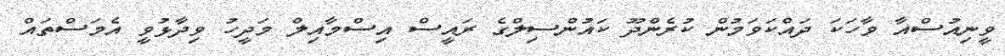
ވީނިއުސްއާ ވާހަކަ ދައްކަވަމުން ކުރެންދޫ ކައުންސިލްގެ ރައީސް އިސްމާއިލް މަދީހު ވިދާޅުވީ އެމަސްތައް